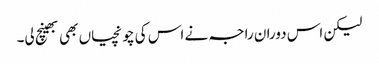
لیکن اس دوران راجہ نے اس کی چونچیاں بھی بھینچ لی۔